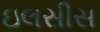
ઇલસીસ